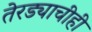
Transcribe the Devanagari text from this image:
तेरड्याचीही